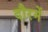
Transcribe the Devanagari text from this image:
दौरमें